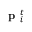
\textbf { p } _ { i } ^ { t }